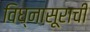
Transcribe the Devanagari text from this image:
विघ्‍नासूराची